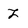
Character: Z